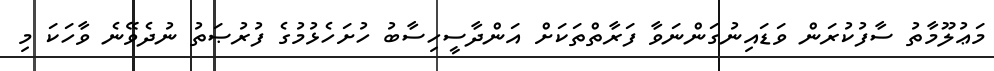
މަޢުލޫމާތު ސާފުކުރަން ވަޑައިނުގަންނަވާ ފަރާތްތަކަށް އަންދާސީހިސާބު ހުށަހެޅުމުގެ ފުރުޞަތު ނުދެވޭނެ ވާހަކަ މި